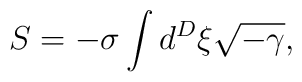
S = - \sigma \int d^{D} \xi \sqrt{-\gamma},